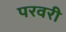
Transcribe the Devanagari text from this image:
परवरी